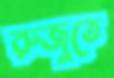
রুজুতে